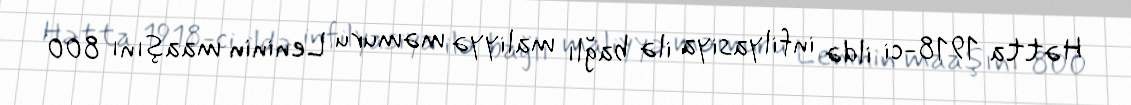
Hətta 1918-ci ildə infilyasiya ilə bağlı maliyyə məmuru Leninin maaşını 800